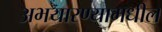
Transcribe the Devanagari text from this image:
अभयारण्यामधील